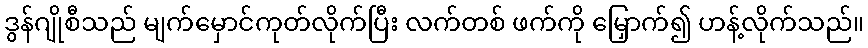
ဒွန်ဂျိုစီသည် မျက်မှောင်ကုတ်လိုက်ပြီး လက်တစ် ဖက်ကို မြှောက်၍ ဟန့်လိုက်သည်။